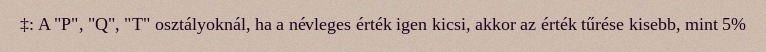
‡: A "P", "Q", "T" osztályoknál, ha a névleges érték igen kicsi, akkor az érték tűrése kisebb, mint 5%